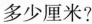
多少厘米?